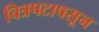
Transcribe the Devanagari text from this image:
चित्रपटापसून